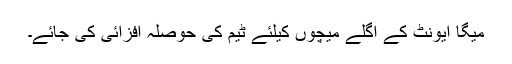
میگا ایونٹ کے اگلے میچوں کیلئے ٹیم کی حوصلہ افزائی کی جائے۔